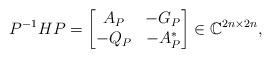
LaTeX: \begin{align*} P^{-1}HP = \begin{bmatrix}A_P & -G_P\\ -Q_P & -A_P^*\end{bmatrix} \in \mathbb{C}^{2n \times 2n},\end{align*}